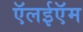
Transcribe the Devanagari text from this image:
ऍलईऍम